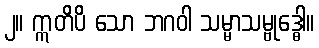
၂။ ဣတိပိ သော ဘဂဝါ သမ္မာသမ္ဗုဒ္ဓေါ။